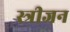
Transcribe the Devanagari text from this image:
स्त्रीजन